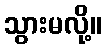
သွားမလို့။